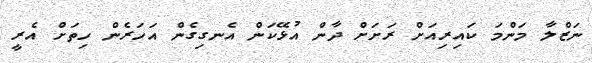
ނަޒްލާ މަންމަ ކައިރިއަށް ރަށަށް ދާން އުޅޭކަން އެނގިގެން އަހަރެން ހިތަށް އެރީ